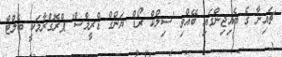
ޗައިނާ ގެ ބެއިޖިންގައި ބޭއްވި 'ސިލްކް ރޯޑް ޔަންގް ޑްރީމްސް' ޕްރޮގްރާމަކީ ބެލްޓް